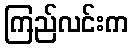
ကြည်လင်းက